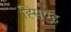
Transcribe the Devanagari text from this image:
ह्सिएह